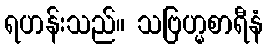
ရဟန်းသည်။ သဗြဟ္မစာရီနံ